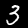
Digit: 3